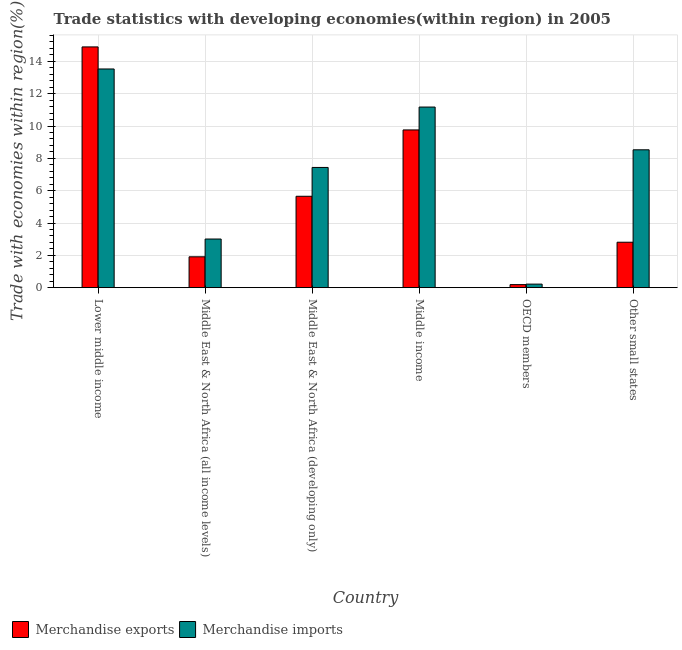
| Country | Merchandise exports | Merchandise imports |
 | --- | --- | --- |
 | Lower middle income | 14.9 | 13.5 |
 | Middle East & North Africa (all income levels) | 1.91 | 3.01 |
 | Middle East & North Africa (developing only) | 5.65 | 7.44 |
 | Middle income | 9.76 | 11.2 |
 | OECD members | 0.188 | 0.219 |
 | Other small states | 2.81 | 8.53 |